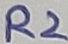
Text: R2